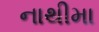
નાથીમા